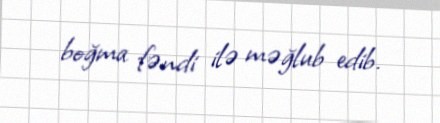
boğma fəndi ilə məğlub edib.